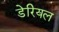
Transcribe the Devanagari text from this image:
डेरियल